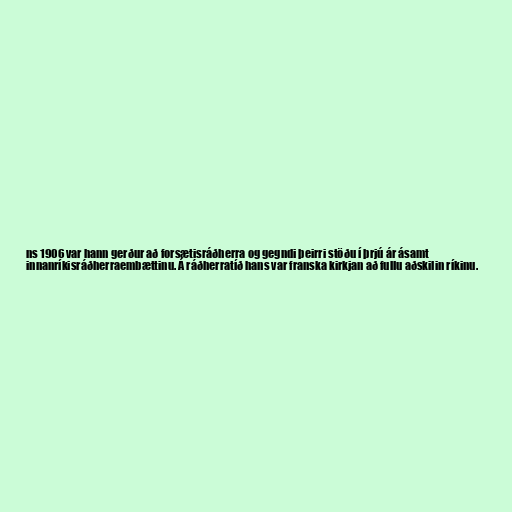
ns 1906 var hann gerður að forsætisráðherra og gegndi þeirri stöðu í þrjú ár ásamt
innanríkisráðherraembættinu. Á ráðherratíð hans var franska kirkjan að fullu aðskilin ríkinu.